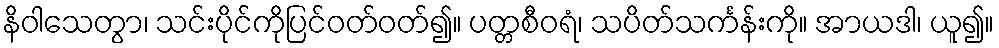
နိဝါသေတွာ၊ သင်းပိုင်ကိုပြင်ဝတ်ဝတ်၍။ ပတ္တစီဝရံ၊ သပိတ်သင်္ကန်းကို။ အာယဒါ၊ ယူ၍။